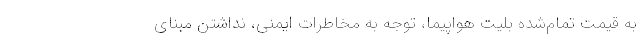
به قیمت تمام‌شده بلیت هواپیما، توجه به مخاطرات ایمنی، نداشتن مبنای